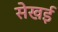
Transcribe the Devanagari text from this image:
सेखई